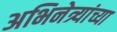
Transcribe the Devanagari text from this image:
अभिनेत्र्यांच्या